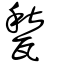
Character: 甃